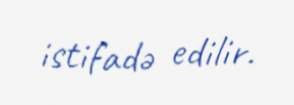
istifadə edilir.